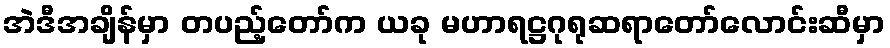
အဲဒီအချိန်မှာ တပည့်တော်က ယခု မဟာရဋ္ဌဂုရုဆရာတော်လောင်းဆီမှာ